Indian journal of veterinary science and animal husbandry - Volumes 24-25, 1954-1955
Year: 1954
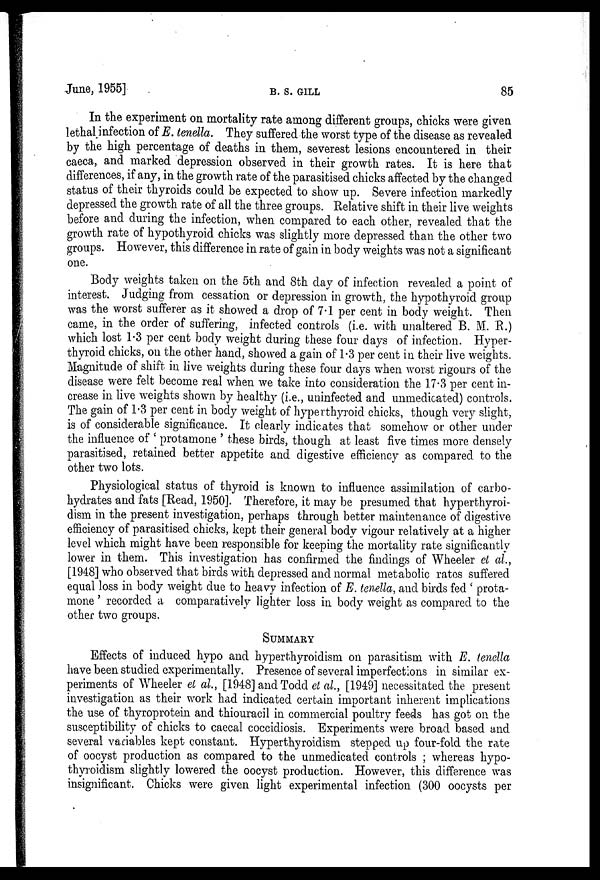
June, 1955]
B. S. GILL
85
In the experiment on mortality rate among different groups, chicks were given
lethal infection of E. tenella. They suffered the worst type of the disease as revealed
by the high percentage of deaths in them, severest lesions encountered in their
caeca, and marked depression observed in their growth rates. It is here that
differences, if any, in the growth rate of the parasitised chicks affected by the changed
status of their thyroids could be expected to show up. Severe infection markedly
depressed the growth rate of all the three groups. Relative shift in their live weights
before and during the infection, when compared to each other, revealed that the
growth rate of hypothyroid chicks was slightly more depressed than the other two
groups. However, this difference in rate of gain in body weights was not a significant
one.
Body weights taken on the 5th and 8th day of infection revealed a point of
interest. Judging from cessation or depression in growth, the hypothyroid group
was the worst sufferer as it showed a drop of 7.1 per cent in body weight. Then
came, in the order of suffering, infected controls (i.e. with unaltered B. M. R.)
which lost 1.3 per cent body weight during these four days of infection. Hyper-
thyroid chicks, on the other hand, showed a gain of 1.3 per cent in their live weights.
Magnitude of shift in live weights during these four days when worst rigours of the
disease were felt become real when we take into consideration the 17.3 per cent in-
crease in live weights shown by healthy (i.e., uninfected and unmedicated) controls.
The gain of 1.3 per cent in body weight of hyperthyroid chicks, though very slight,
is of considerable significance. It clearly indicates that somehow or other under
the influence of ' protamone ' these birds, though at least five times more densely
parasitised, retained better appetite and digestive efficiency as compared to the
other two lots.
Physiological status of thyroid is known to influence assimilation of carbo-
hydrates and fats [Read, 1950]. Therefore, it may be presumed that hyperthyroi-
dism in the present investigation, perhaps through better maintenance of digestive
efficiency of parasitised chicks, kept their general body vigour relatively at a higher
level which might have been responsible for keeping the mortality rate significantly
lower in them. This investigation has confirmed the findings of Wheeler et al.,
[1948] who observed that birds with depressed and normal metabolic rates suffered
equal loss in body weight due to heavy infection of E. tenella, and birds fed ' prota-
mone ' recorded a comparatively lighter loss in body weight as compared to the
other two groups.
SUMMARY
Effects of induced hypo and hyperthyroidism on parasitism with E. tenella
have been studied experimentally. Presence of several imperfections in similar ex-
periments of Wheeler et al., [1948] and Todd et al., [1949] necessitated the present
investigation as their work had indicated certain important inherent implications
the use of thyroprotein and thiouracil in commercial poultry feeds has got on the
susceptibility of chicks to caecal coccidiosis. Experiments were broad based and
several variables kept constant. Hyperthyroidism stepped up four-fold the rate
of oocyst production as compared to the unmedicated controls ; whereas hypo-
thyroidism slightly lowered the oocyst production. However, this difference was
insignificant. Chicks were given light experimental infection (300 oocysts per